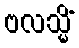
ဗလသ္မိံ